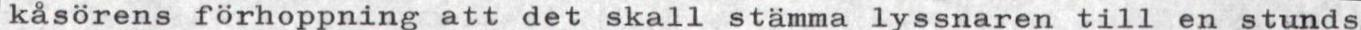
kåsörens förhoppning att det skall stämma lyssnaren till en stunds